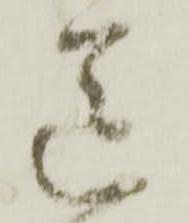
送